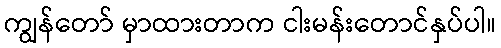
ကျွန်တော် မှာထားတာက ငါးမန်းတောင်နှပ်ပါ။